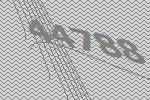
44788